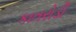
કાતરોડી